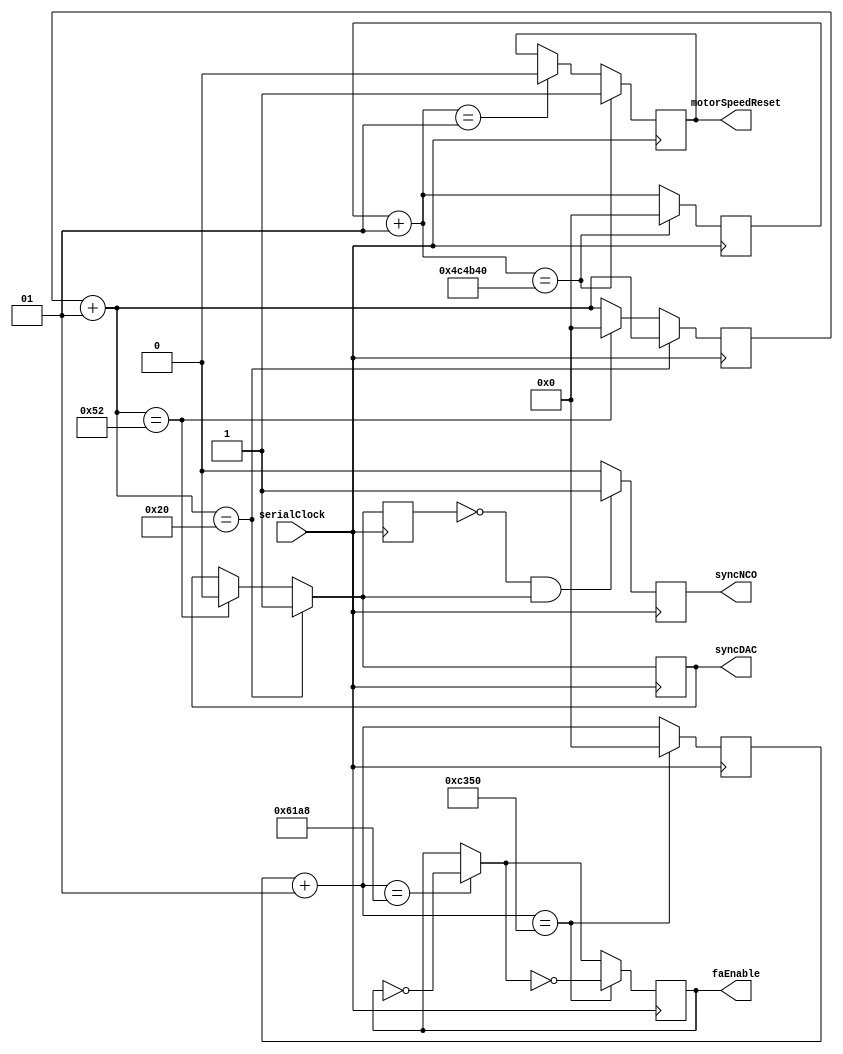
module clock(motorSpeedReset, serialClock, syncDAC, syncNCO, faEnable);

input serialClock; //PIN_G21
output reg motorSpeedReset, syncDAC, syncNCO, faEnable;
integer countMotorSpeedReset, countSerialClock, countSyncDAC, countFaEnable;

reg syncDACold;

initial
	begin
		syncDACold = 0;
	end
	
always @(posedge serialClock)
	begin
		
		countMotorSpeedReset = countMotorSpeedReset + 1;
		if (countMotorSpeedReset == 5000000)
			begin
				countMotorSpeedReset	= 0;
				motorSpeedReset = 1;
			end
			
		else if(countMotorSpeedReset == 1)
			begin
				motorSpeedReset = 0;
			end
		
		countSyncDAC = countSyncDAC + 1;
			if (countSyncDAC == 32)
				syncDAC = 1;
			else if (countSyncDAC == 82)
				begin
					syncDAC = 0;
					countSyncDAC = 0;
				end
			
		if (syncDACold == 0 && syncDAC == 1)
			begin
				syncNCO = 1;
			end
		
		else
			syncNCO = 0;
			
		syncDACold = syncDAC;
		
		countFaEnable = countFaEnable + 1;
		if (countFaEnable == 25000)
			faEnable = ~faEnable;
			
		if (countFaEnable == 50000)
			begin	
				faEnable = ~faEnable;
				countFaEnable = 0;
			end
	end

endmodule